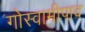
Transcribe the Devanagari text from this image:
गोस्वामीपाद